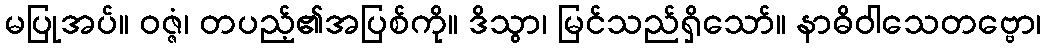
မပြုအပ်။ ဝဇ္ဇံ၊ တပည့်၏အပြစ်ကို။ ဒိသွာ၊ မြင်သည်ရှိသော်။ နာဓိဝါသေတဗ္ဗော၊